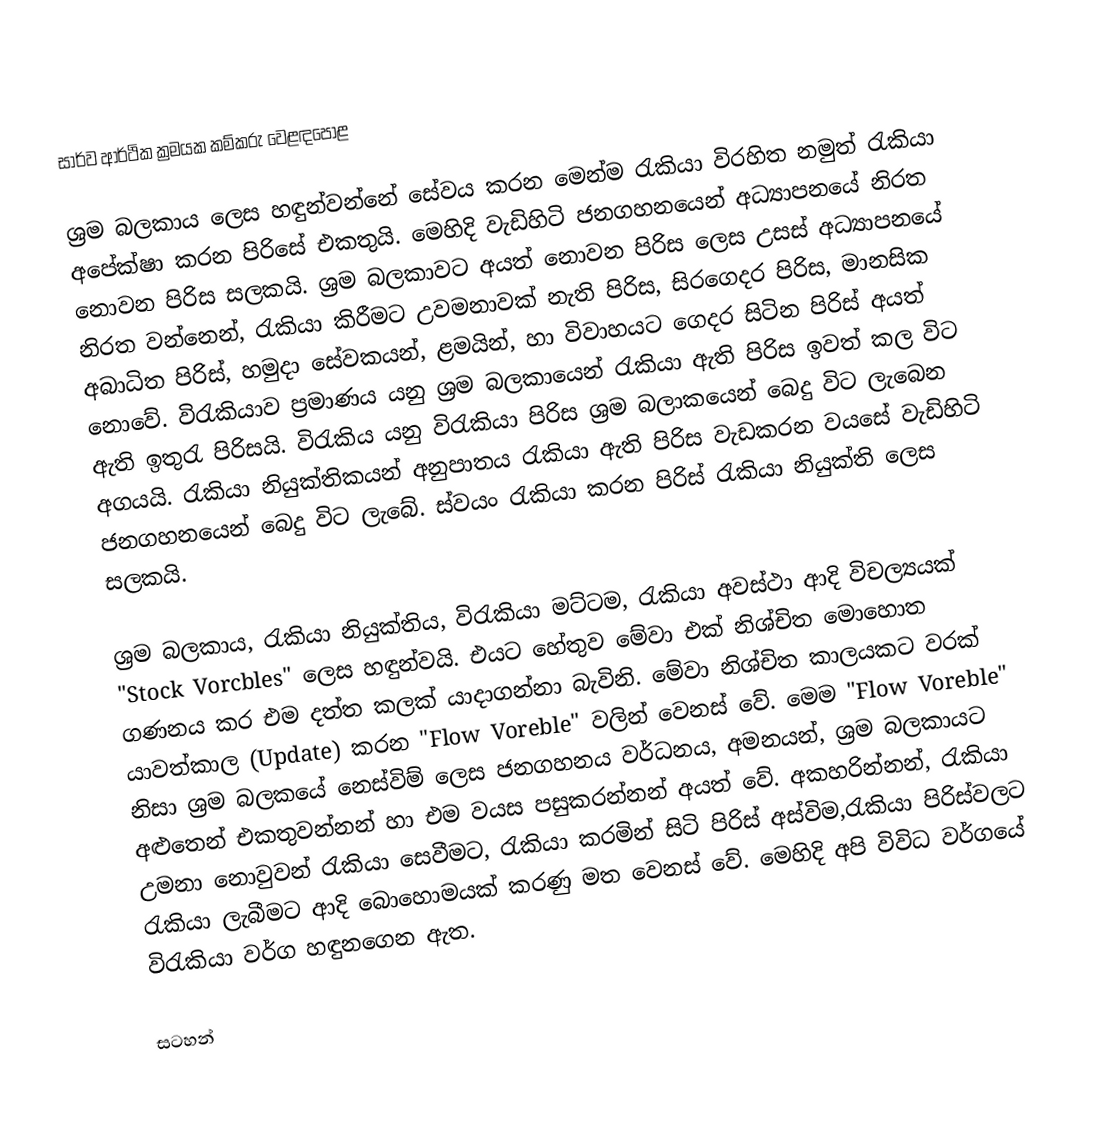
සාර්ව ආර්ථික ක්‍රමයක කම්කරු වෙළඳපොළ

ශ්‍රම බලකාය ලෙස හඳුන්වන්නේ සේවය කරන මෙන්ම රැකියා විරහිත නමුත් රැකියා අපේක්ෂා කරන පිරිසේ එකතුයි. මෙහිදි වැඩිහිටි ජනගහනයෙන් අධ්‍යාපනයේ නිරත නොවන පිරිස සලකයි. ශ්‍රම බලකාවට අයත් නොවන පිරිස ලෙස උසස් අධ්‍යාපනයේ නිරත වන්නෙන්, රැකියා කිරීමට උවමනාවක් නැති පිරිස, සිරගෙදර පිරිස, මානසික අබාධිත පිරිස්, හමුදා සේවකයන්, ළමයින්, හා විවාහයට ගෙදර සිටින පිරිස් අයත් නොවේ. විරැකියාව ප්‍රමාණය යනු ශ්‍රම බලකායෙන් රැකියා ඇති පිරිස ඉවත් කල විට ඇති ඉතුරැ පිරිසයි. විරැකිය යනු විරැකියා පිරිස ශ්‍රම බලාකයෙන් බෙදු විට ලැබෙන අගයයි. රැකියා නියුක්තිකයන් අනුපාතය රැකියා ඇති පිරිස වැඩකරන වයසේ වැඩිහිටි ජනගහනයෙන් බෙදු විට ‍ලැබේ. ස්වයං රැකියා කරන පිරිස් රැකියා නියුක්ති ලෙස සලකයි.

ශ්‍රම බලකාය, රැකියා නියුක්තිය, විරැකියා මට්ටම, රැකියා අවස්ථා ආදි විචල්‍යයක් "Stock Vorcbles" ලෙස හඳුන්වයි. එයට ‍හේතුව මේවා එක් නිශ්චිත මොහොත ගණනය කර එම දත්ත කලක් යාදාගන්නා බැවිනි. මේවා නිශ්චිත කාලයකට වරක් යාවත්කාල (Update)  කරන "Flow Voreble"  වලින් වෙනස් වේ. මෙම "Flow Voreble" නිසා ශ්‍රම බලකයේ නෙස්විම් ලෙස ජනගහනය වර්ධනය, අමනයන්, ශ්‍රම බලකායට අළුතෙන් එකතුවන්නන් හා එම වයස පසුකරන්නන් අයත් වේ. අකහරින්නන්, රැකියා උමනා නොවුවන් රැකියා සෙවීමට, රැකියා කරමින් සිටි පිරිස් අස්විම,රැකියා පිරිස්වලට රැකියා ලැබීමට ආදි බොහොමයක් කරණු මත වෙනස් වේ. මෙහිදි අපි විවිධ වර්ගයේ විරැකියා වර්ග හඳුනගෙන ඇත.

සටහන්